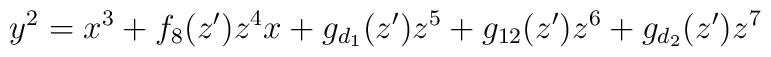
y^2=x^3+f_8(z^{\prime})z^4x+g_{d_1}(z^{\prime})z^5+g_{12}(z^{\prime})z^6+g_{d_2}(z^{\prime})z^7